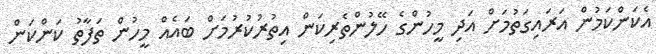
އެކަންކަމުން އަރައިގަތުމަށް އަދި މީހުންގެ ހޭލުންތެރިކަން އިތުރުކުރުމަށް ބައެއް މީހުން ތަފާތު ކަންކަން